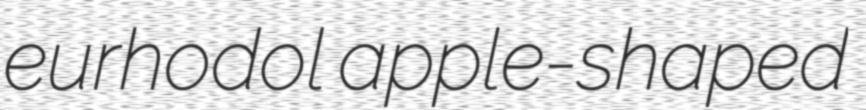
eurhodol apple-shaped